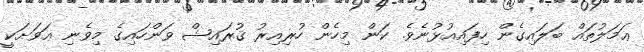
ޢަމަލުތައް ބަލައިގެން ހިފައިއުޅުނެވެ. ކަން މިހެން ހުރިއިރު ޤުރައިޝް ވަންހައިގެ މިވެނި އަވަށަކީ